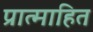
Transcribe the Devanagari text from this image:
प्रात्माहित